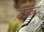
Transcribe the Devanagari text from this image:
दिंडीच्या